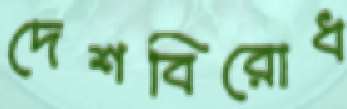
দেশবিরোধ